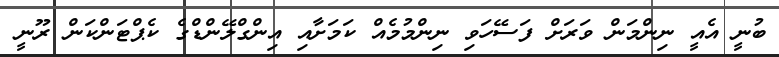
ބުނީ އެއީ ނިންމަން ވަރަށް ފަސޭހަވި ނިންމުމެއް ކަމަށާއި އިންގްލޭންޑްގެ ކެޕްޓަންކަން ރޫނީ